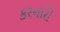
કરનારી